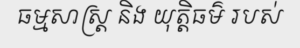
ធម្មសាស្ត្រ និង យុត្តិធម៌ របស់